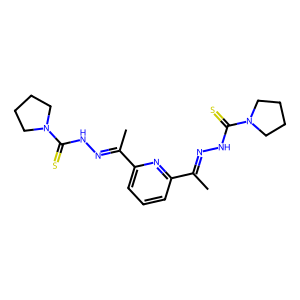
SMILES: CC(=NNC(=S)N1CCCC1)c1cccc(C(C)=NNC(=S)N2CCCC2)n1
Inhibits HIV replication: No